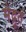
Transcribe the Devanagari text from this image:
मेद्रूत